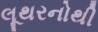
લૂથરનોથી